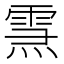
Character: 𤍱